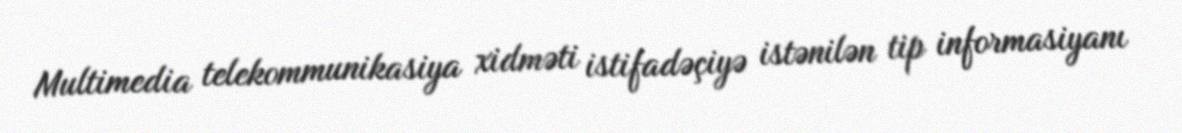
Multimedia telekommunikasiya xidməti istifadəçiyə istənilən tip informasiyanı